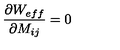
\frac { \partial W _ { e f f } } { \partial M _ { i j } } = 0